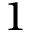
1